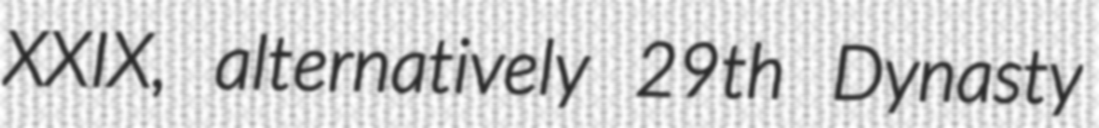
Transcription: XXIX, alternatively 29th Dynasty